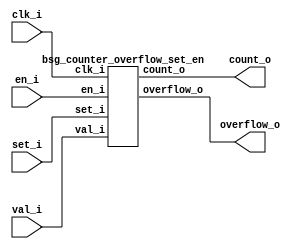


module top
(
  clk_i,
  en_i,
  set_i,
  val_i,
  count_o,
  overflow_o
);

  input [23:0] val_i;
  output [23:0] count_o;
  input clk_i;
  input en_i;
  input set_i;
  output overflow_o;

  bsg_counter_overflow_set_en
  wrapper
  (
    .val_i(val_i),
    .count_o(count_o),
    .clk_i(clk_i),
    .en_i(en_i),
    .set_i(set_i),
    .overflow_o(overflow_o)
  );


endmodule



module bsg_counter_overflow_set_en
(
  clk_i,
  en_i,
  set_i,
  val_i,
  count_o,
  overflow_o
);

  input [23:0] val_i;
  output [23:0] count_o;
  input clk_i;
  input en_i;
  input set_i;
  output overflow_o;
  wire overflow_o,N0,N1,N2,N3,N4,N5,N6,N7,N8,N9,N10,N11,N12,N13,N14,N15,N16,N17,N18,
  N19,N20,N21,N22,N23,N24,N25,N26,N27,N28,N29,N30,N31,N32,N33,N34,N35,N36,N37,N38,
  N39,N40,N41,N42,N43,N44,N45,N46,N47,N48,N49,N50,N51,N52,N53,N54,N55,N56,N57,N58,
  N59,N60,N61,N62,N63,N64,N65,N66,N67,N68,N69,N70,N71,N72,N73,N74,N75,N76,N77,N78,
  N79,N80,N81,N82,N83,N84,N85,N86,N87,N88;
  reg [23:0] count_o;
  assign N58 = ~count_o[23];
  assign N59 = ~count_o[20];
  assign N60 = ~count_o[19];
  assign N61 = ~count_o[15];
  assign N62 = ~count_o[12];
  assign N63 = ~count_o[10];
  assign N64 = ~count_o[9];
  assign N65 = ~count_o[7];
  assign N66 = count_o[22] | N58;
  assign N67 = count_o[21] | N66;
  assign N68 = N59 | N67;
  assign N69 = N60 | N68;
  assign N70 = count_o[18] | N69;
  assign N71 = count_o[17] | N70;
  assign N72 = count_o[16] | N71;
  assign N73 = N61 | N72;
  assign N74 = count_o[14] | N73;
  assign N75 = count_o[13] | N74;
  assign N76 = N62 | N75;
  assign N77 = count_o[11] | N76;
  assign N78 = N63 | N77;
  assign N79 = N64 | N78;
  assign N80 = count_o[8] | N79;
  assign N81 = N65 | N80;
  assign N82 = count_o[6] | N81;
  assign N83 = count_o[5] | N82;
  assign N84 = count_o[4] | N83;
  assign N85 = count_o[3] | N84;
  assign N86 = count_o[2] | N85;
  assign N87 = count_o[1] | N86;
  assign N88 = count_o[0] | N87;
  assign overflow_o = ~N88;
  assign { N28, N27, N26, N25, N24, N23, N22, N21, N20, N19, N18, N17, N16, N15, N14, N13, N12, N11, N10, N9, N8, N7, N6, N5 } = count_o + 1'b1;
  assign N29 = (N0)? 1'b1 : 
               (N55)? 1'b1 : 
               (N57)? 1'b1 : 
               (N3)? 1'b0 : 1'b0;
  assign N0 = set_i;
  assign { N53, N52, N51, N50, N49, N48, N47, N46, N45, N44, N43, N42, N41, N40, N39, N38, N37, N36, N35, N34, N33, N32, N31, N30 } = (N0)? val_i : 
                                                                                                                                      (N55)? { 1'b0, 1'b0, 1'b0, 1'b0, 1'b0, 1'b0, 1'b0, 1'b0, 1'b0, 1'b0, 1'b0, 1'b0, 1'b0, 1'b0, 1'b0, 1'b0, 1'b0, 1'b0, 1'b0, 1'b0, 1'b0, 1'b0, 1'b0, 1'b0 } : 
                                                                                                                                      (N57)? { N28, N27, N26, N25, N24, N23, N22, N21, N20, N19, N18, N17, N16, N15, N14, N13, N12, N11, N10, N9, N8, N7, N6, N5 } : 1'b0;
  assign N1 = overflow_o | set_i;
  assign N2 = en_i | N1;
  assign N3 = ~N2;
  assign N4 = N57;
  assign N54 = ~set_i;
  assign N55 = overflow_o & N54;
  assign N56 = N54 & N88;
  assign N57 = en_i & N56;

  always @(posedge clk_i) begin
    if(N29) begin
      { count_o[23:0] } <= { N53, N52, N51, N50, N49, N48, N47, N46, N45, N44, N43, N42, N41, N40, N39, N38, N37, N36, N35, N34, N33, N32, N31, N30 };
    end 
  end


endmodule